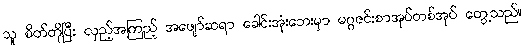
သူ စိတ်တိုပြီး လှည့်အကြည့် အဖျော်ဆရာ ခေါင်းအုံးဘေးမှာ မဂ္ဂဇင်းစာအုပ်တစ်အုပ် တွေ့သည်။